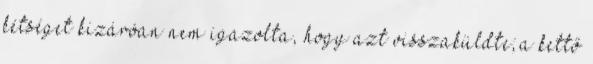
kétséget kizáróan nem igazolta, hogy azt visszaküldte; a kettő